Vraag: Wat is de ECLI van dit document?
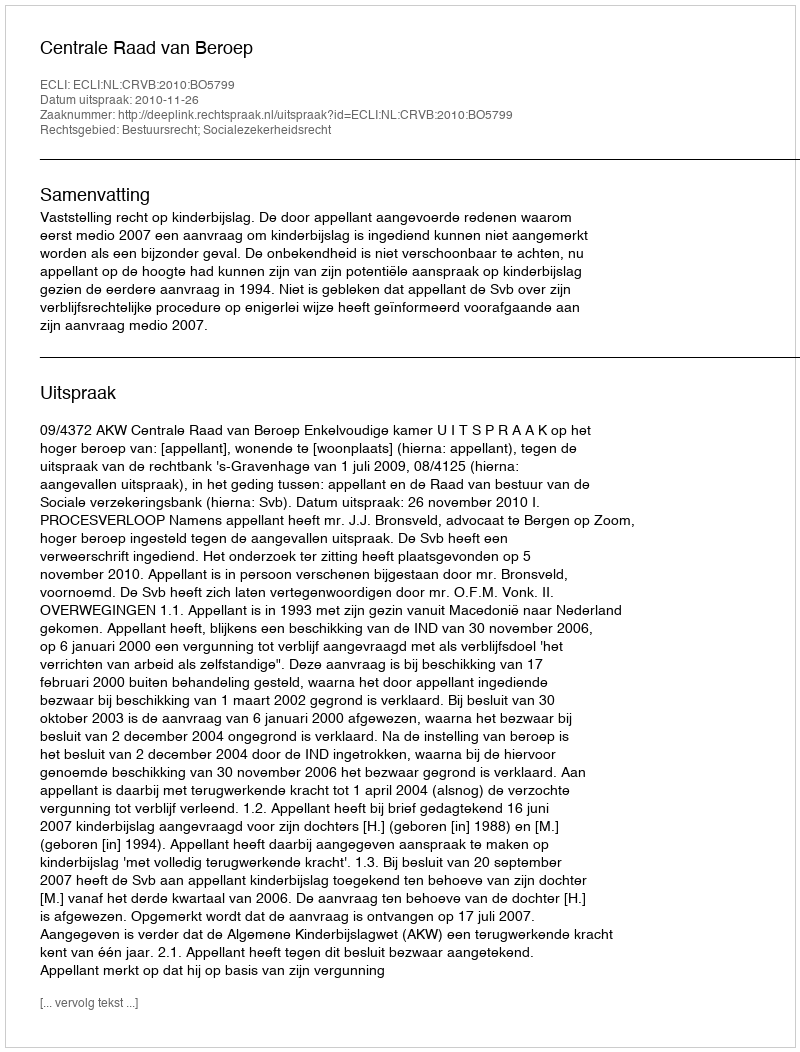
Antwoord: ECLI:NL:CRVB:2010:BO5799